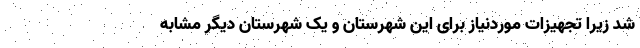
شد زیرا تجهیزات موردنیاز برای این شهرستان و یک شهرستان دیگر مشابه